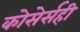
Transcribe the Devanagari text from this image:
कोसेर्सही